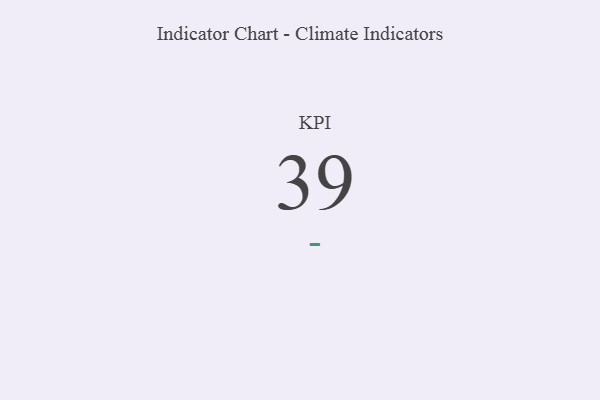
{"axis": {"x": "KPI", "y": "Value"}, "legend": [""], "data": [{"x": "KPI", "y": 39, "type": ""}]}